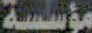
مؤسسة